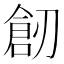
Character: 𠞴